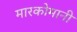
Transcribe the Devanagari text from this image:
मारकोमानी